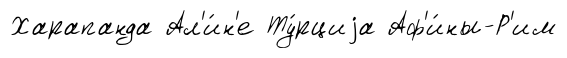
Харапанда Ал'и́н'е Ту́рциjа Аф'и́ны-Р'им